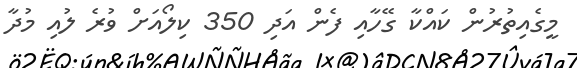
މީގެއިތުރުން ކައްކާ ގޭހާއި ފެން އަދި 350 ކިލޯއަށް ވުރެ ލުއި މުދާ